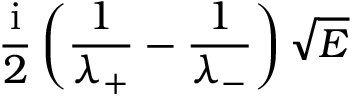
\frac { \mathrm { i } } { 2 } \left( \frac { 1 } { \lambda _ { + } } - \frac { 1 } { \lambda _ { - } } \right) \sqrt { E }